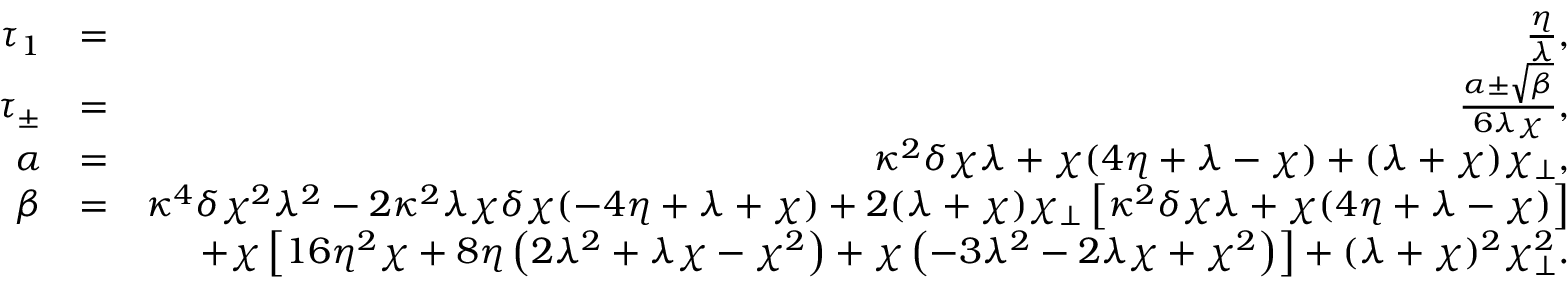
\begin{array} { r l r } { \tau _ { 1 } } & { = } & { \frac { \eta } { \lambda } , } \\ { \tau _ { \pm } } & { = } & { \frac { \alpha \pm \sqrt { \beta } } { 6 \lambda \chi } , } \\ { \alpha } & { = } & { \kappa ^ { 2 } \delta \chi \lambda + \chi ( 4 \eta + \lambda - \chi ) + ( \lambda + \chi ) \chi _ { \perp } , } \\ { \beta } & { = } & { \kappa ^ { 4 } \delta \chi ^ { 2 } \lambda ^ { 2 } - 2 \kappa ^ { 2 } \lambda \chi \delta \chi ( - 4 \eta + \lambda + \chi ) + 2 ( \lambda + \chi ) \chi _ { \perp } \left[ \kappa ^ { 2 } \delta \chi \lambda + \chi ( 4 \eta + \lambda - \chi ) \right] } \\ & { } & { + \chi \left[ 1 6 \eta ^ { 2 } \chi + 8 \eta \left( 2 \lambda ^ { 2 } + \lambda \chi - \chi ^ { 2 } \right) + \chi \left( - 3 \lambda ^ { 2 } - 2 \lambda \chi + \chi ^ { 2 } \right) \right] + ( \lambda + \chi ) ^ { 2 } \chi _ { \perp } ^ { 2 } . } \end{array}